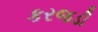
કરજડી